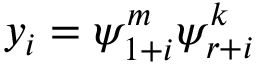
y _ { i } = \psi _ { 1 + i } ^ { m } \psi _ { r + i } ^ { k }